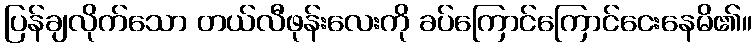
ပြန်ချလိုက်သော တယ်လီဖုန်းလေးကို ခပ်ကြောင်ကြောင်ငေးနေမိ၏။